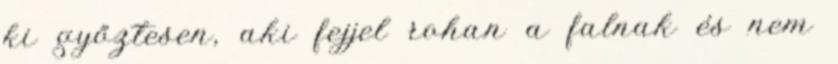
ki győztesen, aki fejjel rohan a falnak és nem